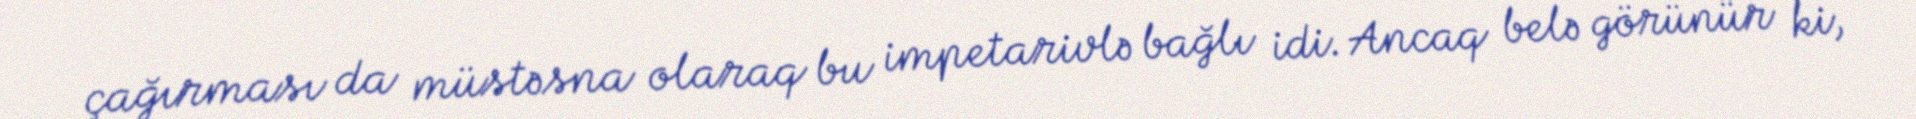
çağırması da müstəsna olaraq bu impetarivlə bağlı idi. Ancaq belə görünür ki,